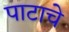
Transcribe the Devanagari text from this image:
पाटाचे